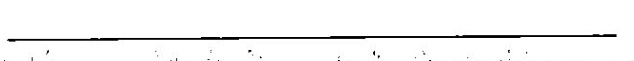
___